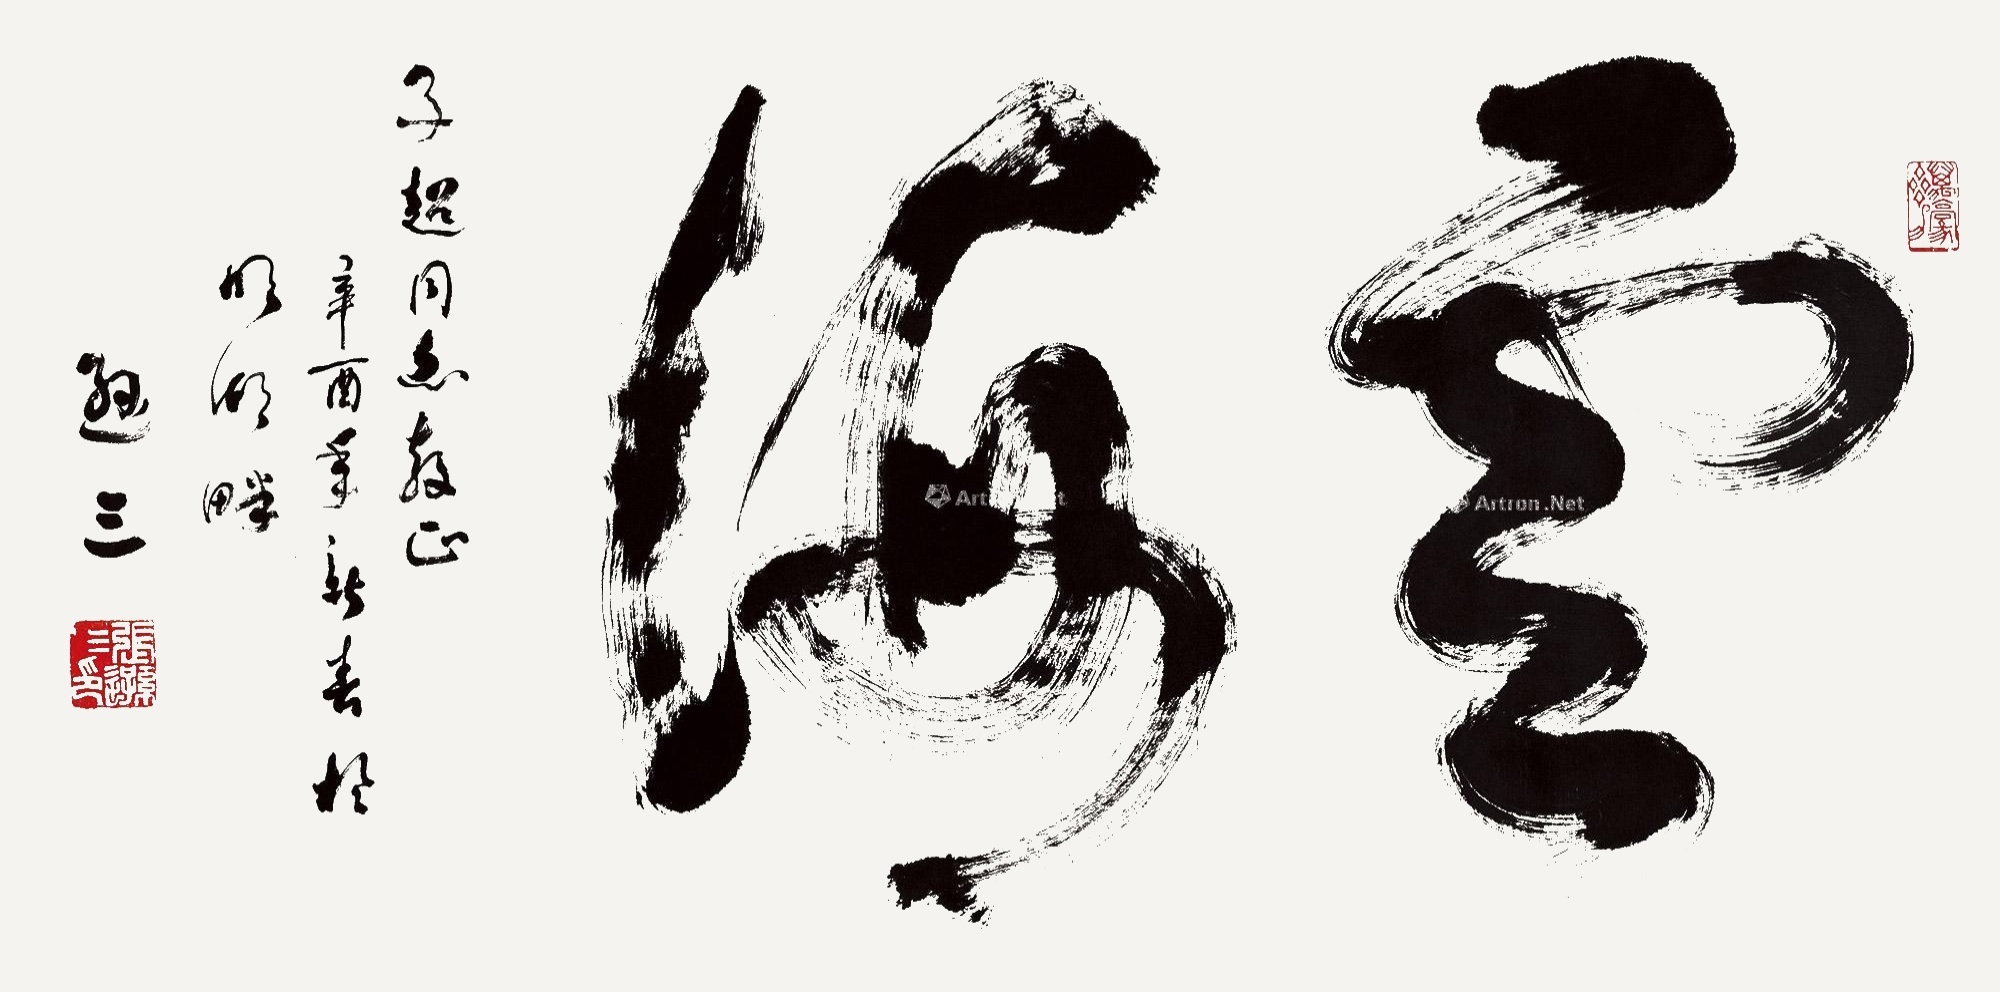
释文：云海。子超同志教正，辛酉年新春于明湖畔，逊三。